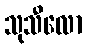
သုသီလော